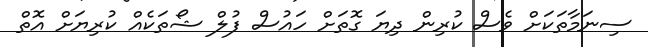
ސިނަމާތަކަށް ވެސް ކުރިން ދިޔަ ގޮތަށް ހައުސް ފުލް ޝޯތަކެއް ކުރިޔަށް އޮތް